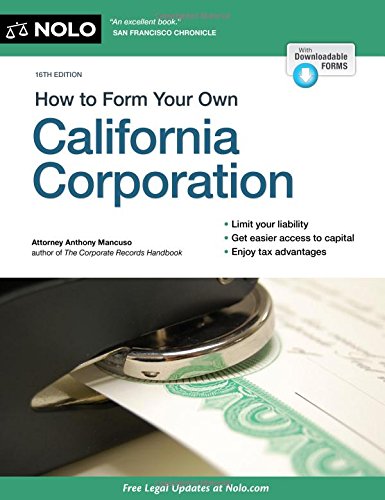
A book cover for How to Form Your Own California Corporation; Anthony Mancuso Attorney; Law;